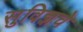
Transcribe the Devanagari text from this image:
सुविज्ञचे